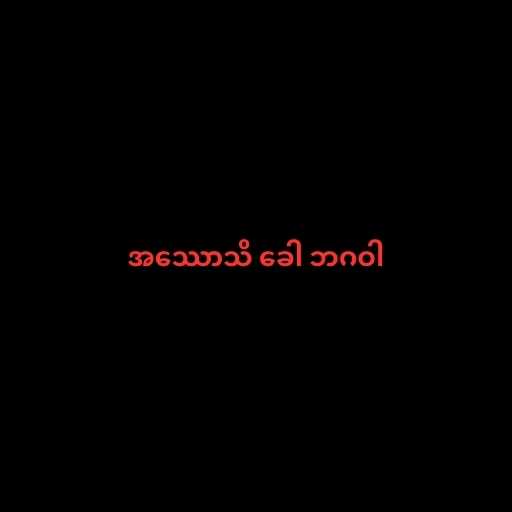
အဿောသိ ခေါ ဘဂဝါ